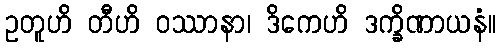
ဥတူဟိ တီဟိ ဝဿာနာ၊ ဒိကေဟိ ဒက္ခိဏာယနံ။